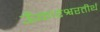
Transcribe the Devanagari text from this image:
ऊँकारेश्वरतीर्थ